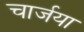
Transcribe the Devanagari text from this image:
चार्जया